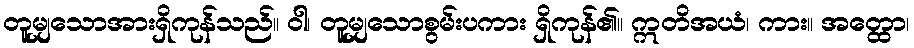
တူမျှသောအားရှိကုန်သည်။ ဝါ၊ တူမျှသောစွမ်းပကား ရှိကုန်၏။ ဣတိအယံ၊ ကား။ အတ္ထော၊